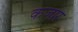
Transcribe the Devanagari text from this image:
कजार